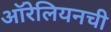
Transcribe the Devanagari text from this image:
ऑरेलियनची